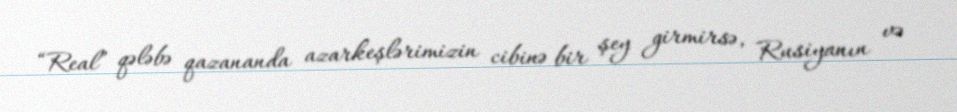
“Real” qələbə qazananda azarkeşlərimizin cibinə bir şey girmirsə, Rusiyanın və